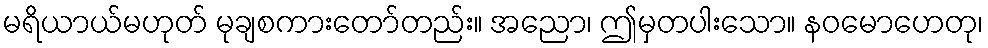
မရိယာယ်မဟုတ် မုချစကားတော်တည်း။ အညော၊ ဤမှတပါးသော။ နဝမောဟေတု၊